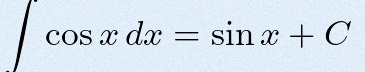
\int \cos x\,dx=\sin x+C